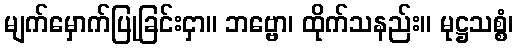
မျက်မှောက်ပြုခြင်းငှာ။ ဘဗ္ဗော၊ ထိုက်သနည်း။ မုဋ္ဌသစ္စံ၊